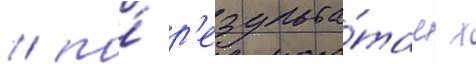
/ по́ р'езульта́там х